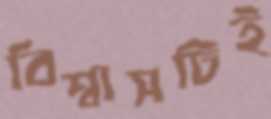
বিশ্বাসটিই